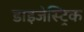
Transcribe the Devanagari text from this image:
डाइजेस्ट्रिक